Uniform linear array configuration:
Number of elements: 12
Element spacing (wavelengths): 1
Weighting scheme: kaiser
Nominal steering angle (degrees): -60
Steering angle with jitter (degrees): -59.86
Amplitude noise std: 0.05
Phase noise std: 0.05

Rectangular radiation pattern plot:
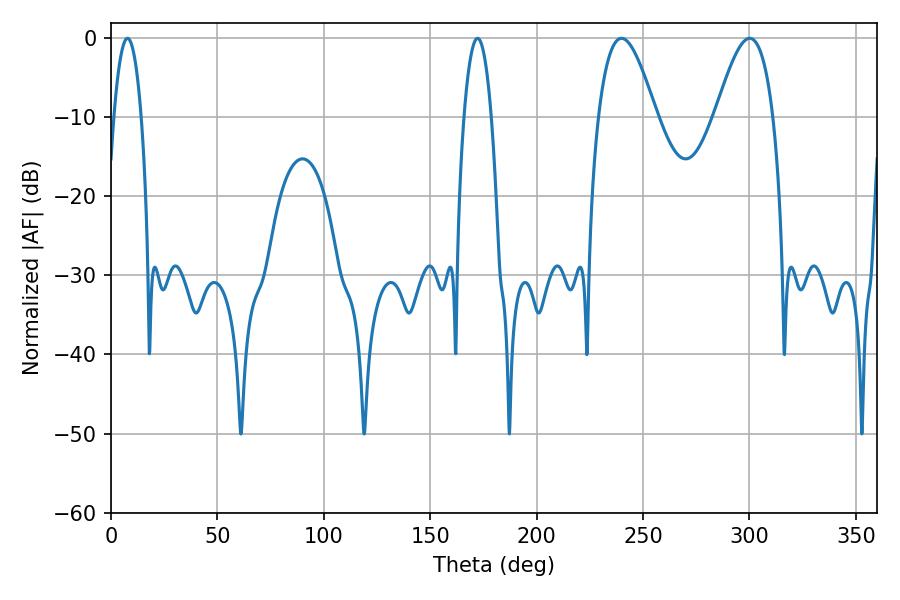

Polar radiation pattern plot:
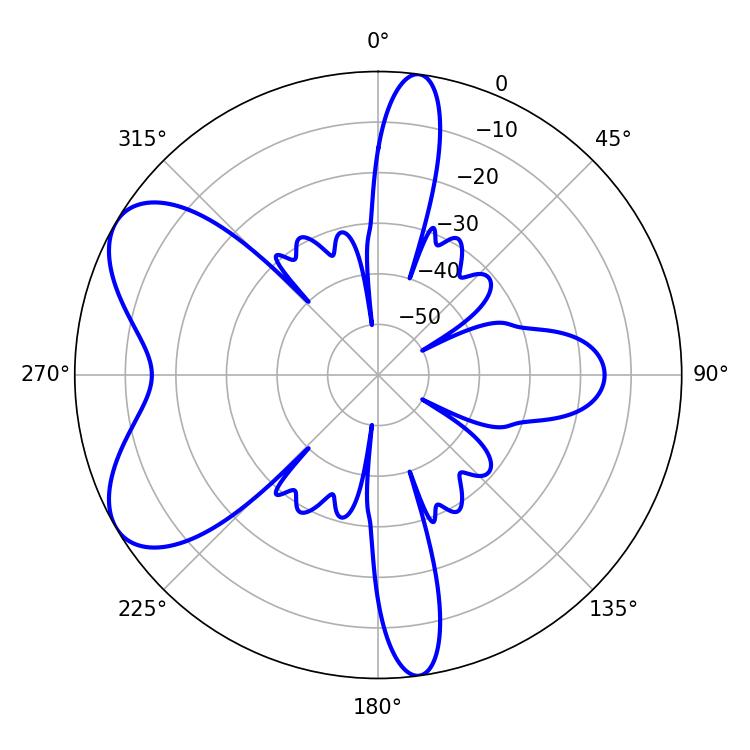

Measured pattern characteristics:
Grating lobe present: TRUE
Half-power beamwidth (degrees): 7.2
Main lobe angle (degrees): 7.74